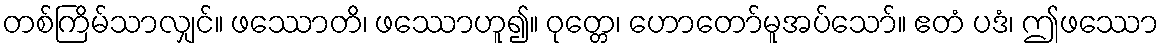
တစ်ကြိမ်သာလျှင်။ ဖဿောတိ၊ ဖဿောဟူ၍။ ဝုတ္တေ၊ ဟောတော်မူအပ်သော်။ ဧတံ ပဒံ၊ ဤဖဿော